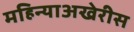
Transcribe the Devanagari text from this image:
महिन्याअखेरीस